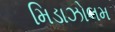
મિડાઝોલમ